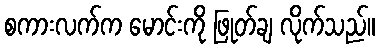
စကားလက်က မောင်းကို ဖြုတ်ချ လိုက်သည်။